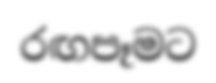
රඟපෑමට